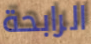
الرابحة